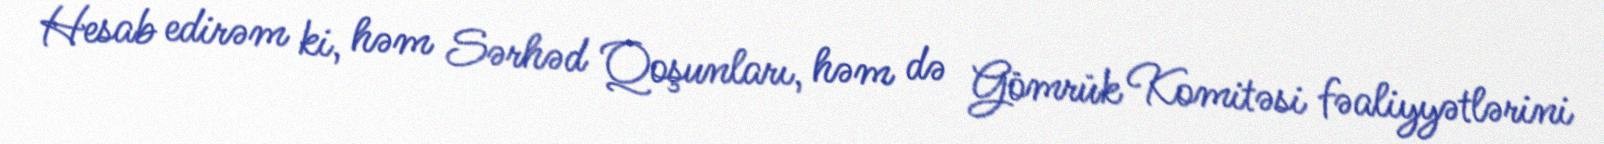
Hesab edirəm ki, həm Sərhəd Qoşunları, həm də Gömrük Komitəsi fəaliyyətlərini